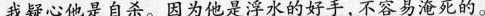
我疑心他是自杀。因为他是浮水的好手，不容易淹死的。